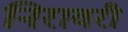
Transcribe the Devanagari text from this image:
निरावरी